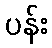
ပန်း